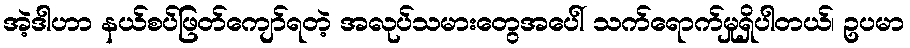
အဲ့ဒါဟာ နယ်စပ်ဖြတ်ကျော်ရတဲ့ အလုပ်သမားတွေအပေါ် သက်ရောက်မှုရှိပါတယ်၊ ဥပမာ